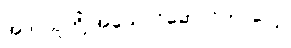
အဲဒါ သူတို့ အယောင်ဆောင်တာပေါ့။